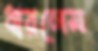
ধারলেম